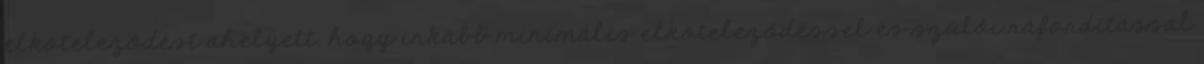
elköteleződést ahelyett, hogy inkább minimális elköteleződéssel és szülői ráfordítással